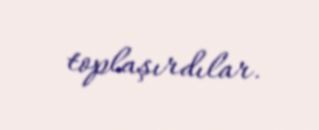
toplaşırdılar.